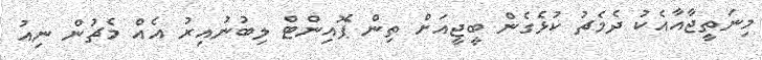
މިނަތީޖާއާއެކު ދެމެޗު ކުޅެގެން ބީޖީއަށް ތިން ޕޮއިންޓް ލިބުނުއިރު އެއް މެޗުން ނިއު